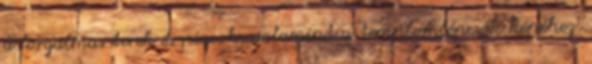
a forgalmas terek és piacok, valamint a templomlépcsők képéhez.